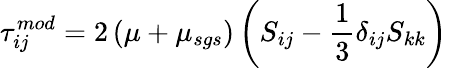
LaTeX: {\tau}_{ij}^{mod}=2\left(\mu+{\mu}_{sgs}\right)\left(S_{ij}-\frac{1}{3}\delta_{ij}S_{kk}\right)\,